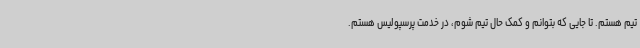
تیم هستم. تا جایی که بتوانم و کمک حال تیم شوم، در خدمت پرسپولیس هستم.